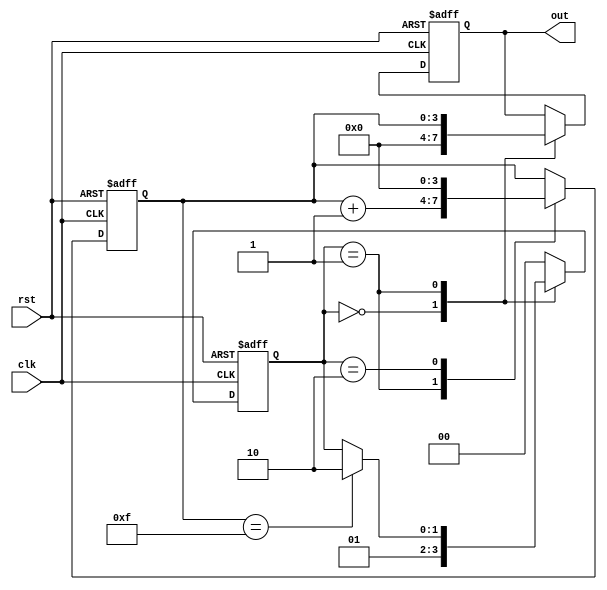
module ClockCycleInit (
    input wire clk,        // Clock signal
    input wire rst,        // Reset signal
    output reg [3:0] out   // Example output (4 bits)
);

// Internal state register
reg [1:0] state;           // 2-bit state register (for FSM)
reg [3:0] counter;         // 4-bit counter

// State Encoding
localparam STATE_IDLE      = 2'b00;
localparam STATE_ACTIVE    = 2'b01;
localparam STATE_DONE      = 2'b10;

// Initialization Logic and Clock Cycle Operation
always @(posedge clk or posedge rst) begin
    if (rst) begin
        // Reset all registers to initial values
        state <= STATE_IDLE;
        counter <= 4'b0000;
        out <= 4'b0000;
    end else begin
        // Clock Cycle Operations
        case(state)
            STATE_IDLE: begin
                // Transition to active state
                state <= STATE_ACTIVE;
                // Reset output during idle state
                out <= 4'b0000;
            end
            
            STATE_ACTIVE: begin
                // Increment counter and update output
                counter <= counter + 1;
                out <= counter; // Example operation
                // Check condition to transition to done state
                if (counter == 4'b1111) begin
                    state <= STATE_DONE;
                end
            end
            
            STATE_DONE: begin
                // Final state logic, could reset or transition back to idle
                // For this example, we just stay here
                // Transition back to idle for demonstration
                state <= STATE_IDLE;
                counter <= 4'b0000; // Reset counter on the next cycle
            end
            
            default: begin
                state <= STATE_IDLE; // Fallback to idle state
            end
        endcase
    end
end

endmodule